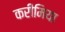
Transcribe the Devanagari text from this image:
करीमिया